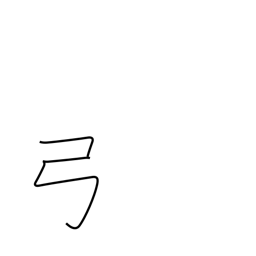
Meaning: bow